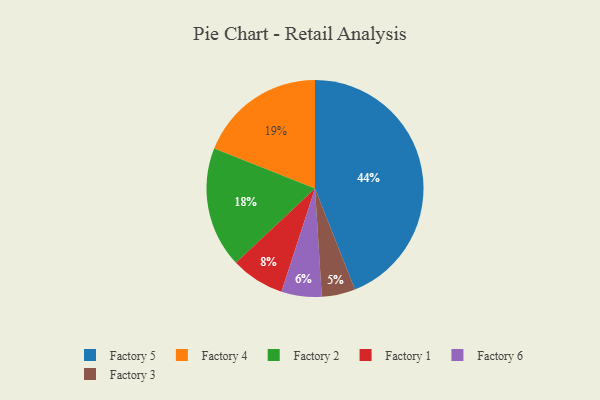
{"axis": {"x": "Category", "y": "Percentage"}, "legend": ["Factory 1", "Factory 2", "Factory 3", "Factory 4", "Factory 5", "Factory 6"], "data": [{"x": "Factory 1", "y": 8, "type": "Factory 1"}, {"x": "Factory 6", "y": 6, "type": "Factory 6"}, {"x": "Factory 4", "y": 19, "type": "Factory 4"}, {"x": "Factory 3", "y": 5, "type": "Factory 3"}, {"x": "Factory 5", "y": 44, "type": "Factory 5"}, {"x": "Factory 2", "y": 18, "type": "Factory 2"}]}